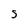
Character: S